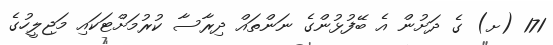
171 (ށ) ގެ ދަށުން އެ ބޭފުޅުންގެ ނަންތައް ދިރާސާ ކުރުމަށްޓަކައި މަޖިލީހުގެ